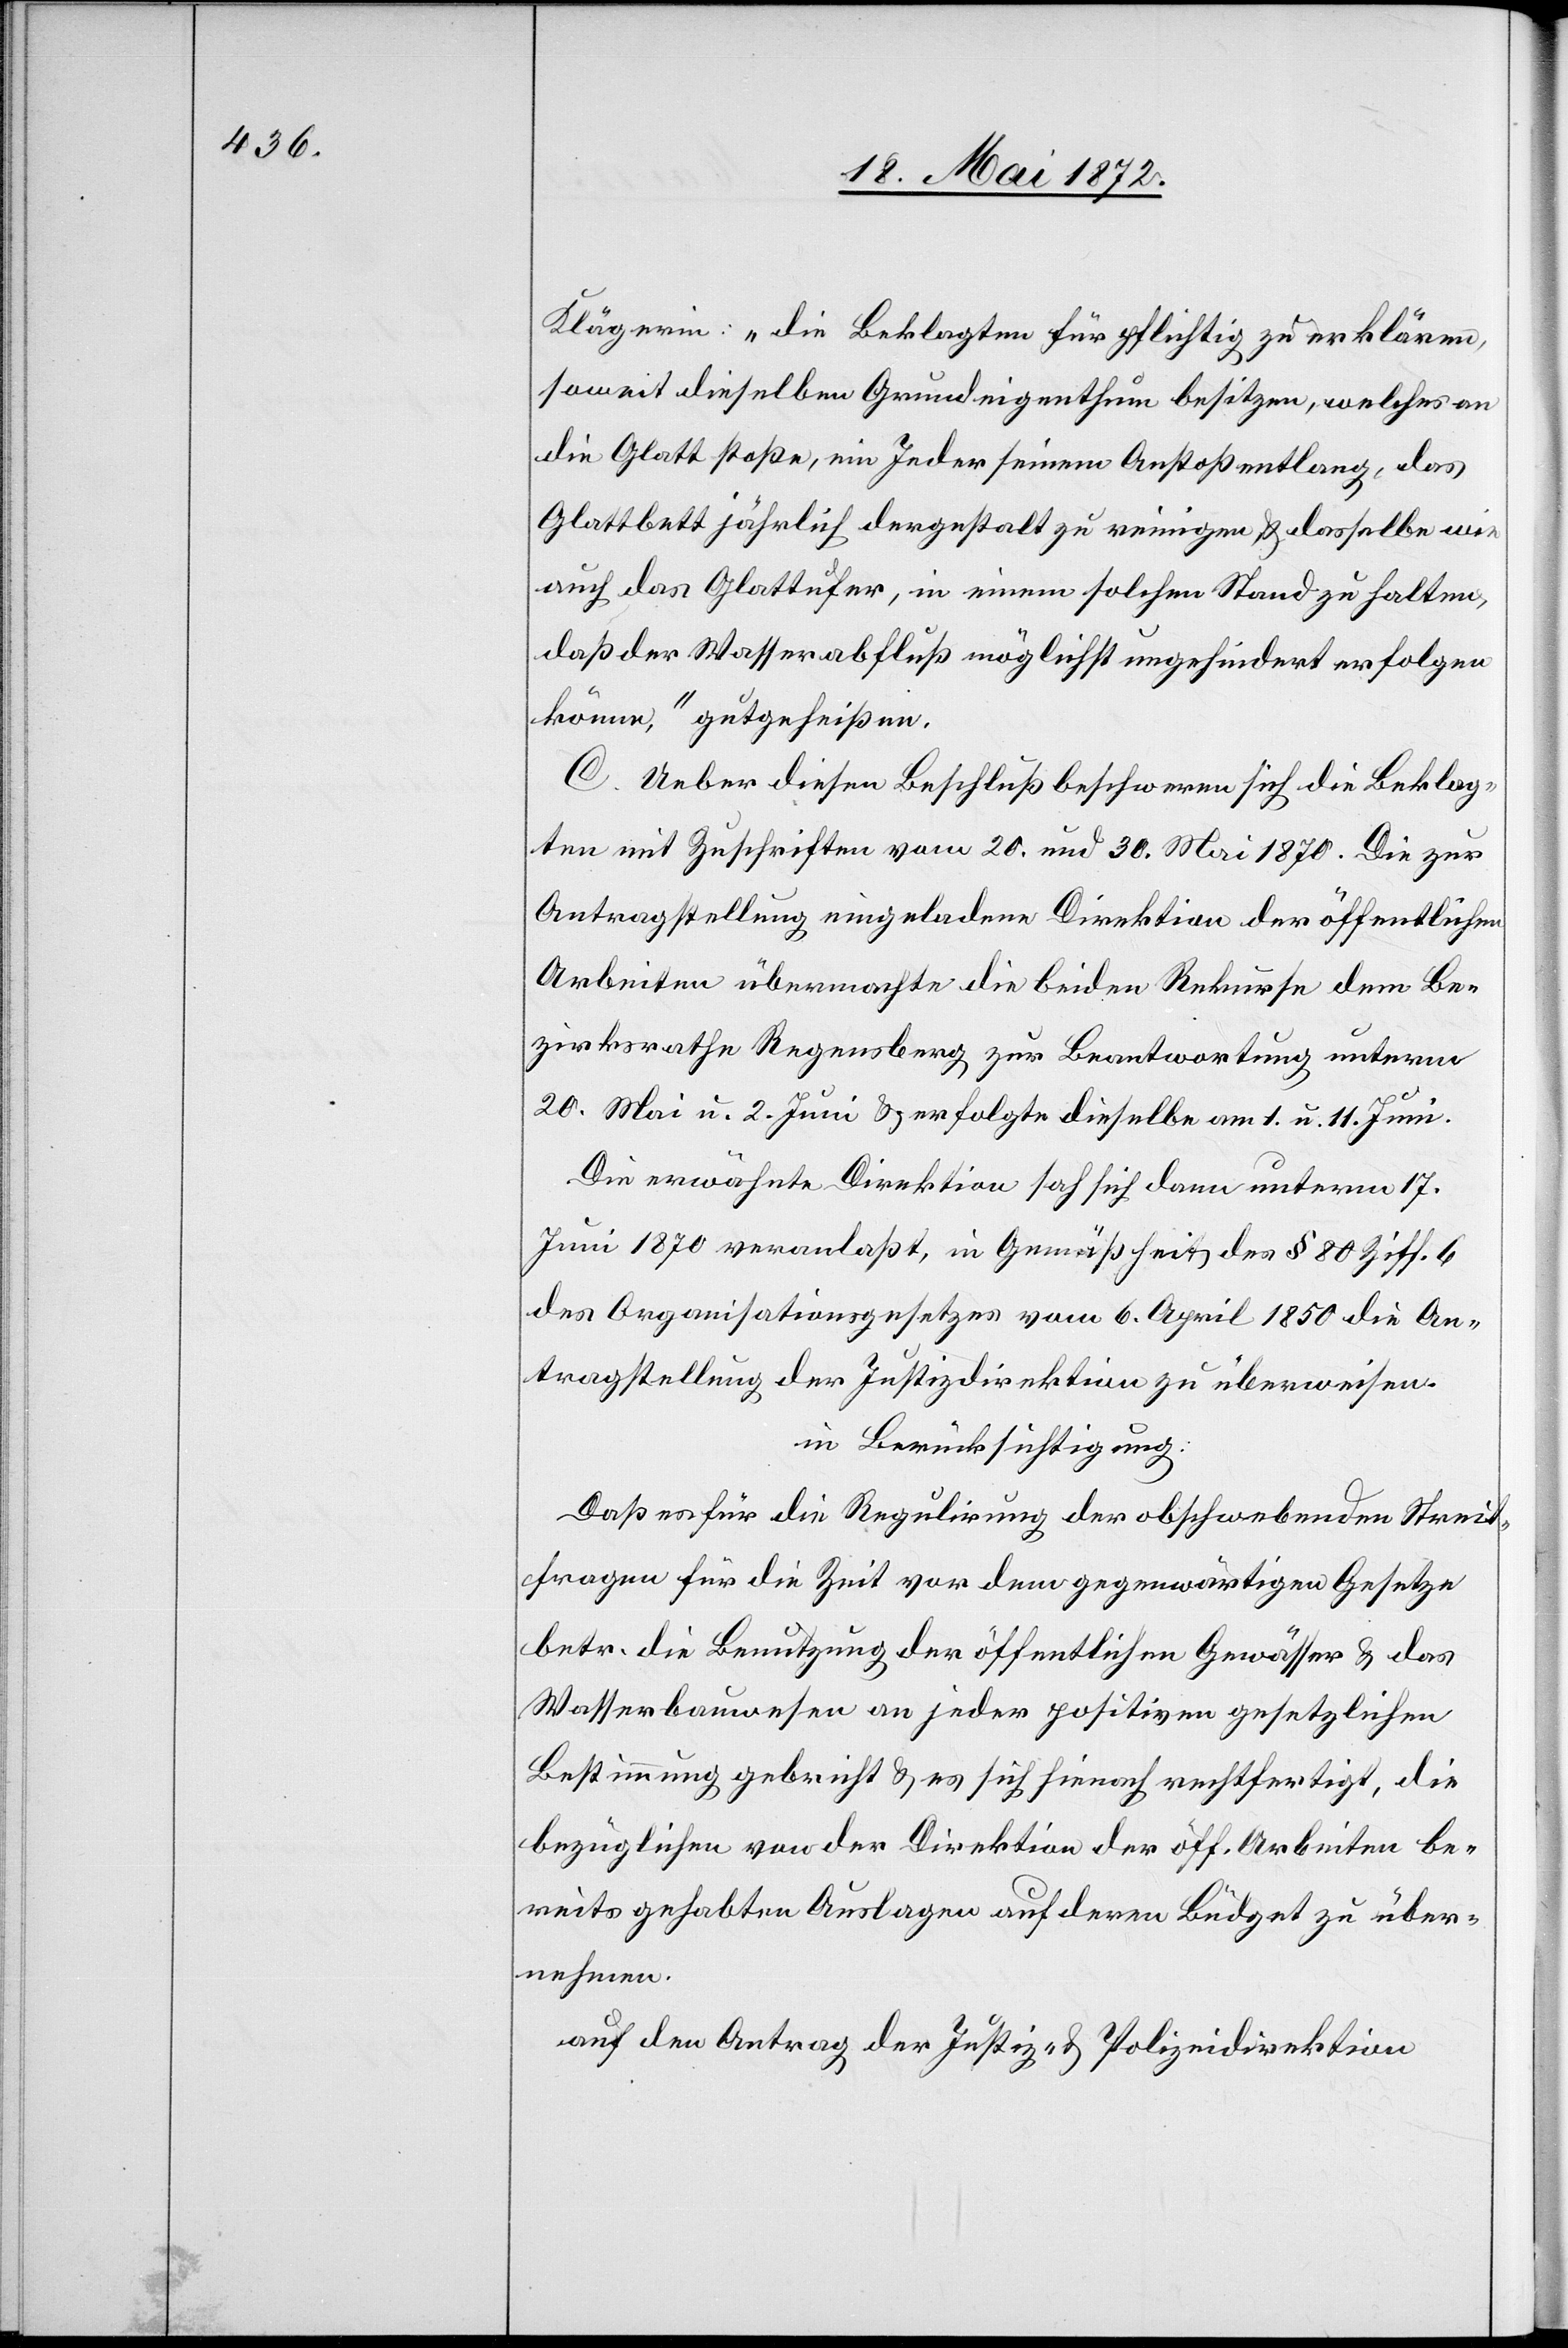
Klägerin: „die Beklagten für pflichtig zu erklären,
soweit dieselben Grundeigenthum besitzen, welches an
die Glatt stoße, ein Jeder seinem Anstoß entlang, das
Glattbett jährlich dergestalt zu reinigen u. dasselbe wie
auch das Glattufer, in einem solchen Stand zu halten,
daß der Wasserabfluß möglichst ungehindert erfolgen
könne,“ gutgeheißen.
C. Ueber diesen Beschluß beschweren sich die Beklag¬
ten mit Zuschriften vom 20. und 30. Mai 1870. Die zur
Antragstellung eingeladene Direktion der öffentlichen
Arbeiten übermachte die beiden Rekurse dem Be¬
zirksrathe Regensberg zur Beantwortung unterm
20. Mai u. 2. Juni u. erfolgte dieselbe am 1. u. 11. Juni.
Die erwähnte Direktion sah sich dann unterm 17.
Juni 1870 veranlaßt, in Gemäßheit des § 80 Ziff. 6
des Organisationsgesetzes vom 6. April 1860 die An¬
tragstellung der Justizdirektion zu überweisen.
in Berücksichtigung:
Daß es für die Regulirung der obschwebenden Streit¬
fragen für die Zeit vor dem gegenwärtigen Gesetze
betr. die Benutzung der öffentlichen Gewässer u. das
Wasserbauwesen an jeder positiven gesetzlichen
Bestimmung gebricht u. es sich hienach rechtfertigt, die
bezüglichen von der Direktion der öff. Arbeiten be¬
reits gehabten Auslagen auf deren Büdget zu über¬
nehmen.
auf den Antrag der Justiz- u. Polizeidirektion